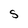
Character: S